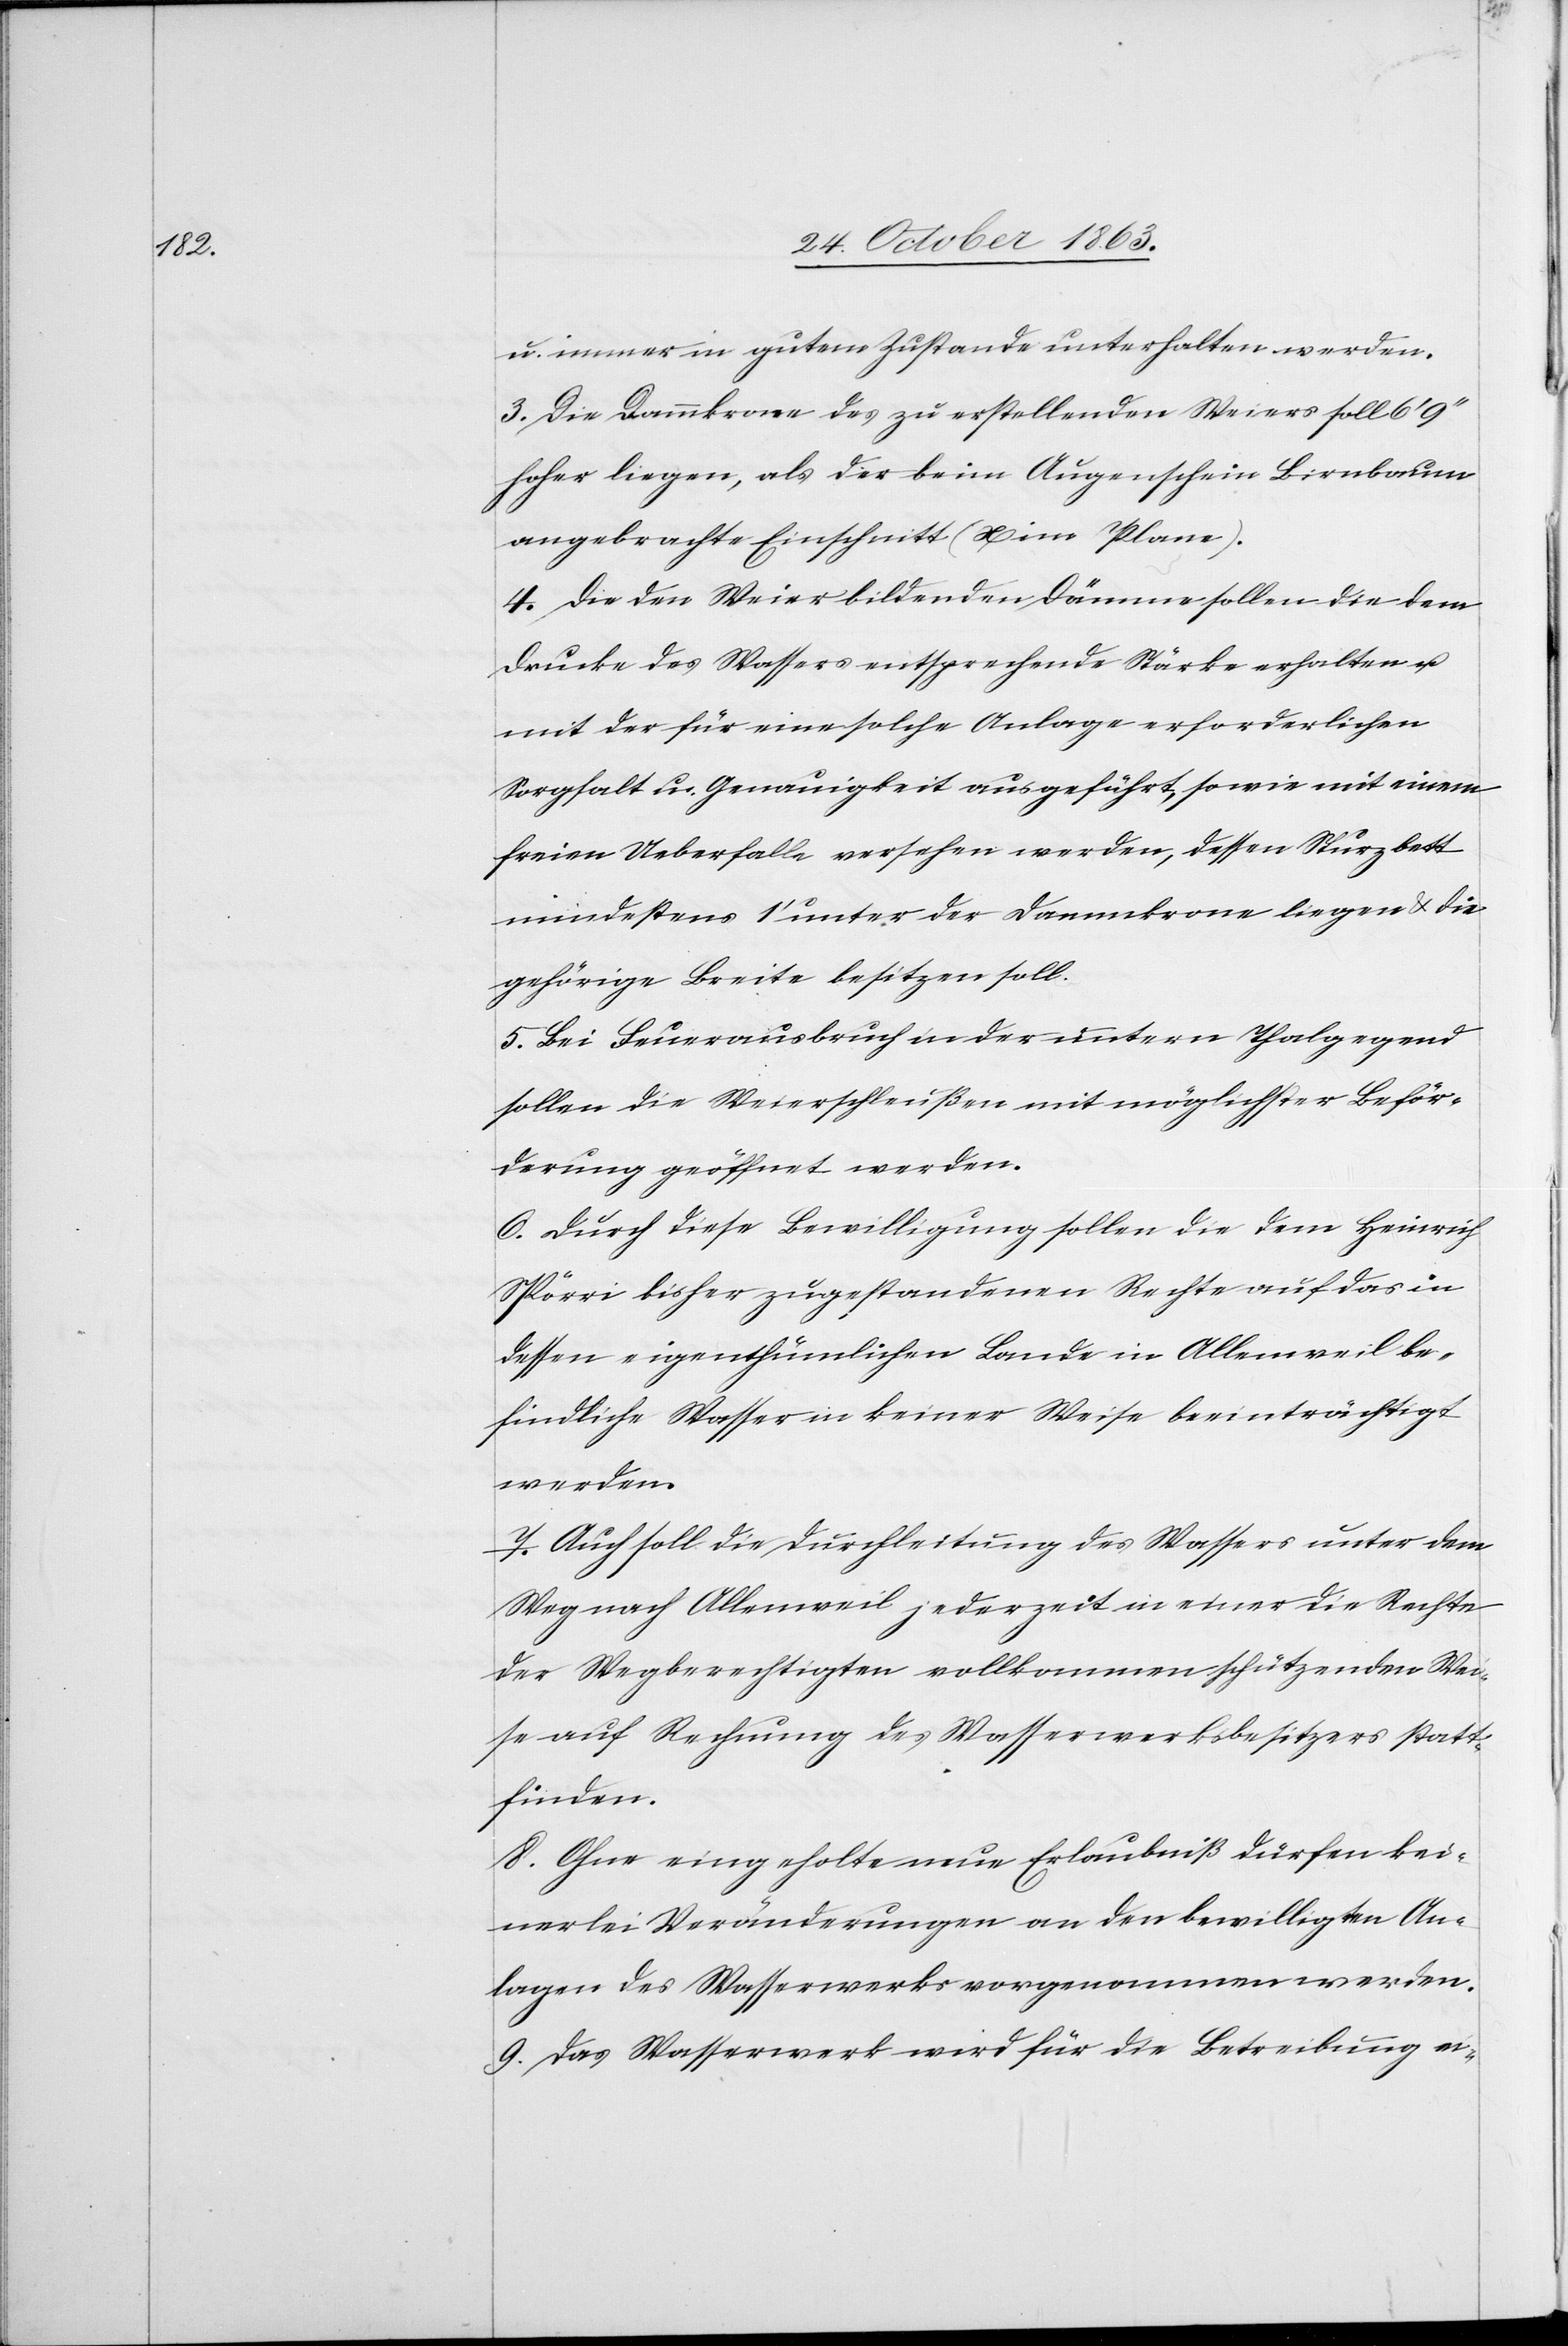
u. immer in gutem Zustande unterhalten werden.
3. Die Dammkrone des zu erstellenden Weiers soll 6'
liegen, als der beim Augenschein Birnbaum
angebrachte Einschnitt (x im Plane).
4. Die den Weier bildenden Dämme sollen die dem
Drucke des Wassers entsprechende Stärke erhalten u.
mit der für eine solche Anlage erforderlichen
Sorgfalt u. Genauigkeit ausgeführt, sowie mit einem
freien Ueberfalle versehen werden, dessen Sturzbett
mindestens 1' unter der Dammkrone liegen & die
gehörige Breite besitzen soll.
5. Bei Feuerausbruch in der untern Thalgegend
sollen die Weierschleußen mit möglichster Beför¬
derung geöffnet werden.
6. Durch diese Bewilligung sollen die dem Heinrich
Spörri bisher zugestandenen Rechte auf das in
dessen eigenthümlichen Lande in Allenweil be¬
findliche Wasser in keiner Weise beeinträchtigt
werden.
7. Auch soll die Durchleitung des Wassers unter dem
Weg nach Allenweil jederzeit in einer die Rechte
der Wegberechtigten vollkommen schützenden Wei¬
se auf Rechnung des Wasserwerksbesitzers statt¬
finden.
8. Ohne eingeholte neue Erlaubniß dürfen kei¬
nerlei Veränderungen an den bewilligten An¬
lagen des Wasserwerks vorgenommen werden.
9. Das Wasserwerk wird für die Betreibung ei-